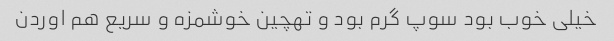
خیلی خوب بود سوپ گرم بود و تهچین خوشمزه و سریع هم اوردن